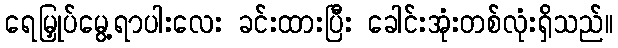
ရေမြှုပ်မွေ့ရာပါးလေး ခင်းထားပြီး ခေါင်းအုံးတစ်လုံးရှိသည်။